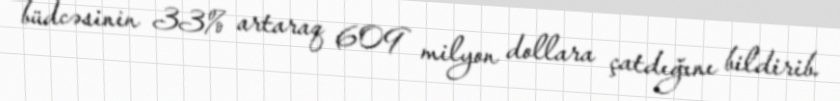
büdcəsinin 33% artaraq 609 milyon dollara çatdığını bildirib.